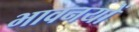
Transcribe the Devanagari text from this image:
भावनयों